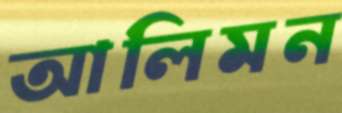
আলিমন